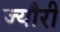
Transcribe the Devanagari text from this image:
ज्यौरी